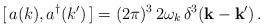
LaTeX: \begin{align*}[\, a(k),a^\dagger(k') \,] = (2\pi)^3 \, 2 \omega_k \, \delta^3({\bf k} - {\bf k}')\,.\end{align*}